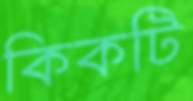
কিকটি